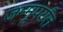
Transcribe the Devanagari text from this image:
जम्मूपर्यंत